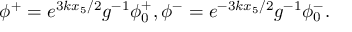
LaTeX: \phi ^ { + } = e ^ { 3 k x _ { 5 } / 2 } g ^ { - 1 } \phi _ { 0 } ^ { + } , \phi ^ { - } = e ^ { - 3 k x _ { 5 } / 2 } g ^ { - 1 } \phi _ { 0 } ^ { - } .